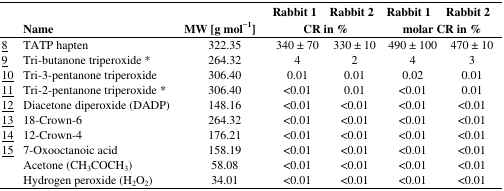
<table><thead><tr><td></td><td></td><td></td><td><b>Rabbit 1</b></td><td><b>Rabbit 2</b></td><td><b>Rabbit 1</b></td><td><b>Rabbit 2</b></td></tr><tr><td></td><td><b>Name</b></td><td><b>MW [g mol<sup>−1</sup>]</b></td><td colspan="2"><b>CR in %</b></td><td colspan="2"><b>molar CR in %</b></td></tr></thead><tbody><tr><td><underline>8</underline></td><td>TATP hapten</td><td>322.35</td><td>340 ± 70</td><td>330 ± 10</td><td>490 ± 100</td><td>470 ± 10</td></tr><tr><td><underline>9</underline></td><td>Tri-butanone triperoxide *</td><td>264.32</td><td>4</td><td>2</td><td>4</td><td>3</td></tr><tr><td><underline>10</underline></td><td>Tri-3-pentanone triperoxide</td><td>306.40</td><td>0.01</td><td>0.01</td><td>0.02</td><td>0.01</td></tr><tr><td><underline>11</underline></td><td>Tri-2-pentanone triperoxide *</td><td>306.40</td><td>&lt;0.01</td><td>0.01</td><td>&lt;0.01</td><td>0.01</td></tr><tr><td><underline>12</underline></td><td>Diacetone diperoxide (DADP)</td><td>148.16</td><td>&lt;0.01</td><td>&lt;0.01</td><td>&lt;0.01</td><td>&lt;0.01</td></tr><tr><td><underline>13</underline></td><td>18-Crown-6</td><td>264.32</td><td>&lt;0.01</td><td>&lt;0.01</td><td>&lt;0.01</td><td>&lt;0.01</td></tr><tr><td><underline>14</underline></td><td>12-Crown-4</td><td>176.21</td><td>&lt;0.01</td><td>&lt;0.01</td><td>&lt;0.01</td><td>&lt;0.01</td></tr><tr><td><underline>15</underline></td><td>7-Oxooctanoic acid</td><td>158.19</td><td>&lt;0.01</td><td>&lt;0.01</td><td>&lt;0.01</td><td>&lt;0.01</td></tr><tr><td></td><td>Acetone (CH<sub>3</sub>COCH<sub>3</sub>)</td><td>58.08</td><td>&lt;0.01</td><td>&lt;0.01</td><td>&lt;0.01</td><td>&lt;0.01</td></tr><tr><td></td><td>Hydrogen peroxide (H<sub>2</sub>O<sub>2</sub>)</td><td>34.01</td><td>&lt;0.01</td><td>&lt;0.01</td><td>&lt;0.01</td><td>&lt;0.01</td></tr></tbody></table>